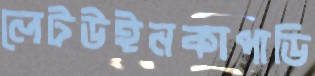
লেটউইনকাপাডি